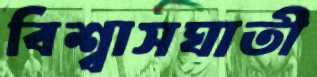
বিশ্বাসঘাতী